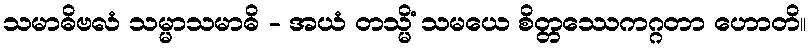
သမာဓိဗလံ သမ္မာသမာဓိ - အယံ တသ္မိံ သမယေ စိတ္တဿေကဂ္ဂတာ ဟောတိ။